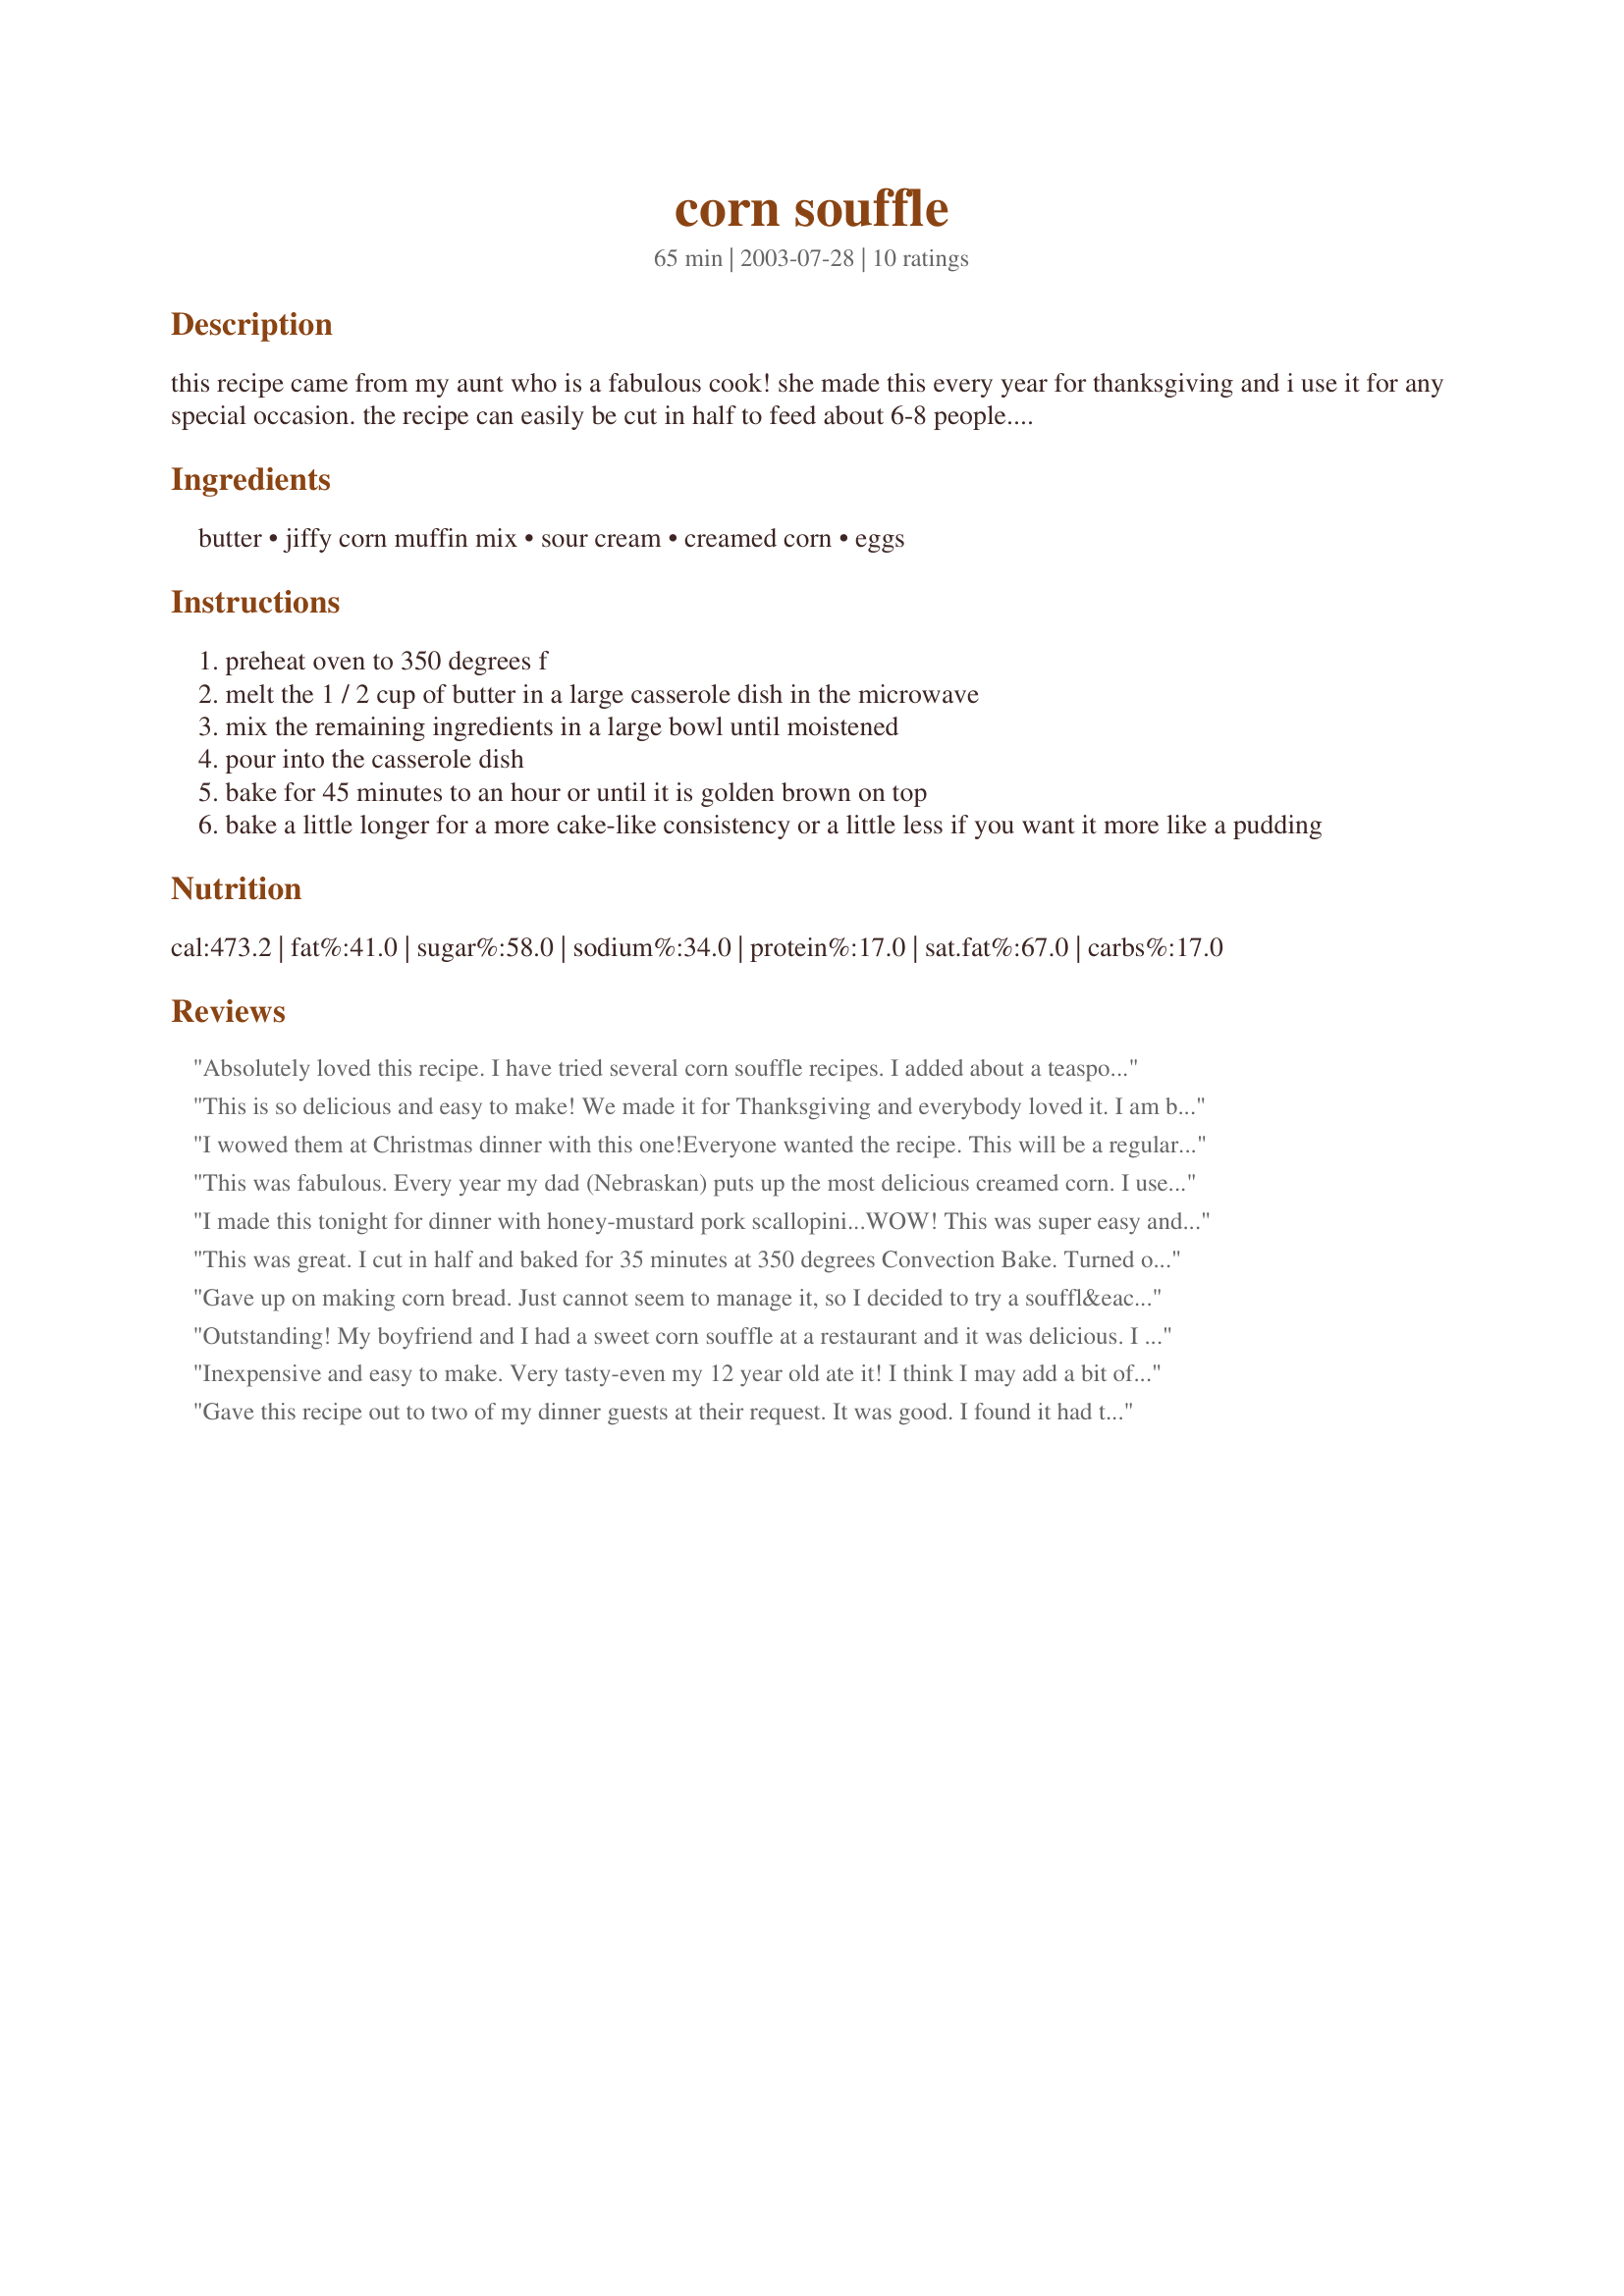
corn souffle
Preparation time: 65 minutes

this recipe came from my aunt who is a fabulous cook! she made this every year for thanksgiving and i use it for any special occasion. the recipe can easily be cut in half to feed about 6-8 people. i have also used fat free sour cream with no difference in taste.

Ingredients:
butter, jiffy corn muffin mix, sour cream, creamed corn, eggs

Steps:
preheat oven to 350 degrees f
melt the 1 / 2 cup of butter in a large casserole dish in the microwave
mix the remaining ingredients in a large bowl until moistened
pour into the casserole dish
bake for 45 minutes to an hour or until it is golden brown on top
bake a little longer for a more cake-like consistency or a little less if you want it more like a pudding

Reviews:
Absolutely loved this recipe. I have tried several corn souffle recipes. I added about a teaspoon and a half of sugar and about six ounces of shredded cheese. I loved that this recipe makes more than the usual corn souffle recipes. Adults and kids alike were raving about the corn souffle.....very yummy!
This is so delicious and easy to make! We made it for Thanksgiving and everybody loved it. I am bringing it to a friend's house tonight as a side dish and my kids have asked me to make it for Christmas dinner, too! This dish is impressive and super tasty; I am going to tweak it by adding some green chiles for tonight's Mexican themed dinner.
I wowed them at Christmas dinner with this one!Everyone wanted the recipe. This will be a regular at my table, holiday or not!
This was fabulous. Every year my dad (Nebraskan) puts up the most delicious creamed corn. I used it in the recipe, and it was naturally sweet and had an amazing crust. I cooked mine long enough that it could be picked up with hands. Everyone loved it. (does that sound Corny?)
I made this tonight for dinner with honey-mustard pork scallopini...WOW! This was super easy and tasted great. I cut the recipe in 1/2 and added about 1 1/2 Tablespoons of sugar. I baked it at 350 for a little over an hour. The outside was beautifully browned and crusty (like corn bread) and the inside was moist, but firmly set. It wasn't DH's favorite, but I LOVED it. I wil definitely make this again. Thanks for sharing.
This was great. I cut in half and baked for 35 minutes at 350 degrees Convection Bake. Turned out a perfect soft moist cornbread consistency. I found the sweet canned cream corn added enough sweetness for me. Didn't think it needed any extra sugar. Was great with ribs!
Gave up on making corn bread. Just cannot seem to manage it, so I decided to try a souffl&eacute; instead. Made this recipe exactly as written and it&#039;s amazing. I baked it for 45 minutes as the recipe stated and came out perfectly. Slightly sweet but not too sweet, great flavor, nice level of moisture, nice density...meaning not too dense and not too light. Such an easy recipe for great rewards. I&#039;ll be making this often.
Outstanding! My boyfriend and I had a sweet corn souffle at a restaurant and it was delicious. I wanted to be able to make it at home. The 1st recipe I tried was awful. This is perfect! Just the right amount of sweetness from the creamed corn. I halved the recipe and now I'm sorry I did. Sooooo yummy! Update - I went to make this one night and only had a can of sweet corn kernels (not creamed corn). I drained most of the liquid and used that instead. It was still delicious anyway!
Inexpensive and easy to make. Very tasty-even my 12 year old ate it! I think I may add a bit of sugar when I make this next time-thanks!
Gave this recipe out to two of my dinner guests at their request. It was good. I found it had to be cooked a bit more time than posted to get it "fluffy yet firm". Nice side dish. I just did one half the recipe and it was more than enough for six people.
